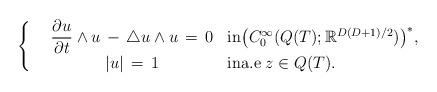
LaTeX: \begin{align*}\left\{\begin{array}{ccl}& \dfrac {\partial u}{\partial t} \wedge u \, - \, \triangle u \wedge u \, = \, 0 & {\rm in} \bigl(C_0^\infty ({Q(T)};\mathbb{R}^{D(D+1)/2}) \bigr)^*,\\& | u | \, = \, 1 & {\rm in} {\rm a.e} \; z \in {Q(T)}.\end{array}\right.\end{align*}